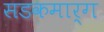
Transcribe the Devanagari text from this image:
सडकमार्ग